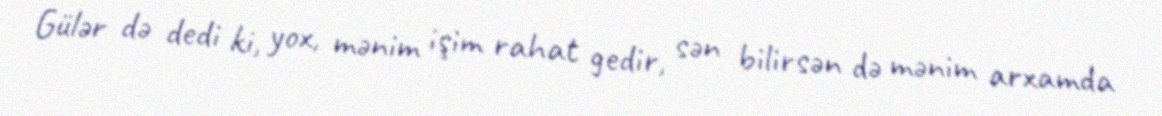
Gülər də dedi ki, yox, mənim işim rahat gedir, sən bilirsən də mənim arxamda